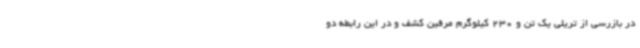
در بازرسی از تریلی یک تن و 230 کیلوگرم مرفین کشف و در این رابطه دو